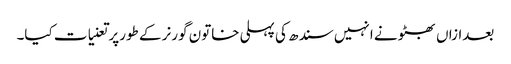
بعدازاں بھٹو نے انہیں سندھ کی پہلی خاتون گورنر کے طورپر تعنیات کیا۔